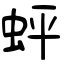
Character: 蚲